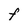
Character: F